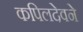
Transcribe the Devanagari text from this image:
कपिलदेवने